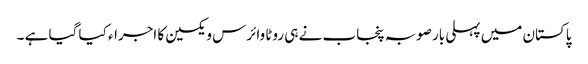
پاکستان میں پہلی بار صوبہ پنجاب نے ہی روٹا وائرس ویکسین کا اجراء کیا گیا ہے ۔